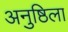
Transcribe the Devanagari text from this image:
अनुष्ठिला